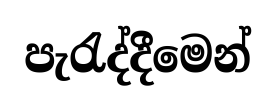
පැරැද්දීමෙන්